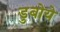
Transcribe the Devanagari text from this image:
डुबोये